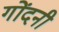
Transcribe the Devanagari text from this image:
गोंदनी